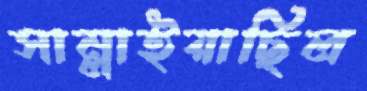
সাম্‌লাইয়াছিল